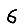
Digit: 6